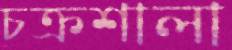
চক্রশালা